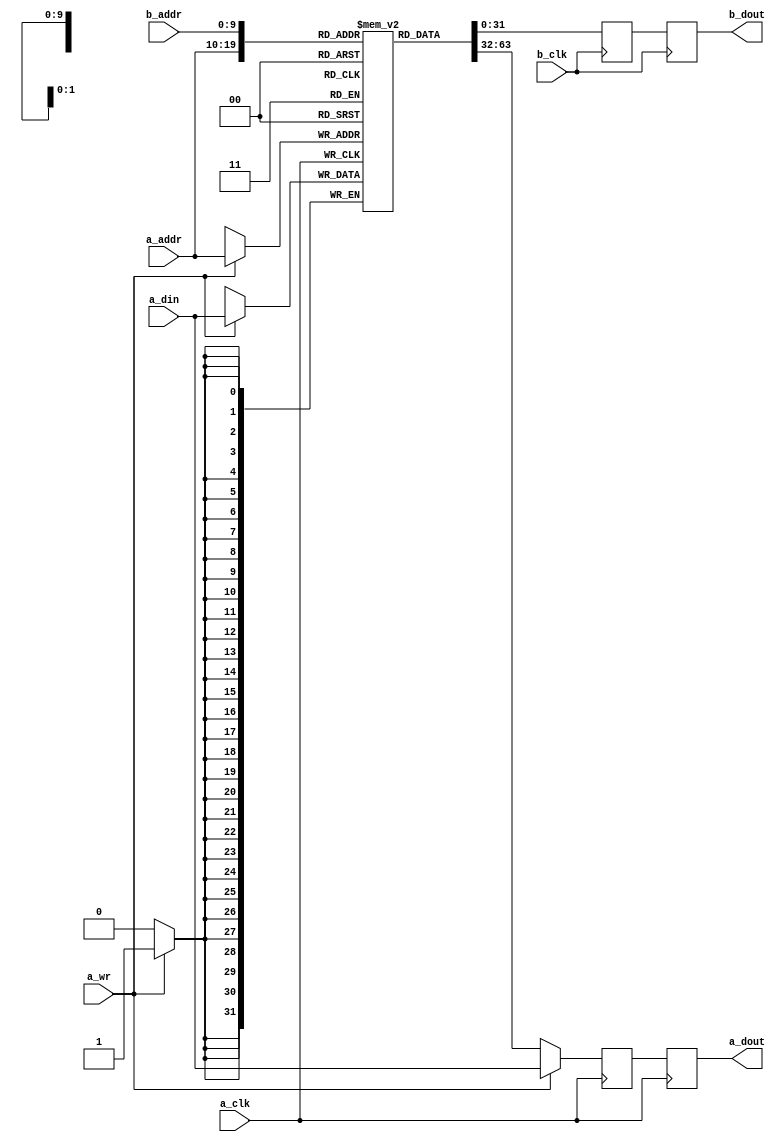
module I_Cache #(
    parameter DATA = 32,
    parameter ADDR = 10
) (
    // Port A
    input   wire                a_clk,
    input   wire                a_wr,
    input   wire    [ADDR-1:0]  a_addr,
    input   wire    [DATA-1:0]  a_din,
    output  reg     [DATA-1:0]  a_dout,
     
    // Port B
    input   wire                b_clk,
    input   wire    [ADDR-1:0]  b_addr,
    output  reg     [DATA-1:0]  b_dout
);

reg [DATA-1:0] mem [(2**ADDR)-1:0];
reg	[DATA-1:0] a_oreg, b_oreg;
// pipelined BRAM
// Port A
always @(posedge a_clk) begin
    a_dout <= a_oreg;
    a_oreg <= mem[a_addr];
	if(a_wr) begin
        a_oreg <= a_din;
		mem[a_addr] <= a_din;
	end
end
 
// Port B
always @(posedge b_clk) begin
	b_dout <= b_oreg;
	b_oreg <= mem[b_addr];
end
endmodule